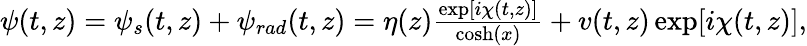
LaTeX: \begin{array}{r}{\psi(t,z)=\psi_{s}(t,z)+\psi_{rad}(t,z)=\eta(z)\frac{\exp[i\chi(t,z)]}{\cosh(x)}+v(t,z)\exp[i\chi(t,z)],}\end{array}